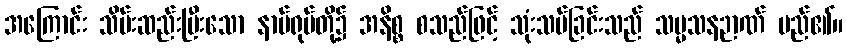
အကြောင်း သိမ်းဆည်းပြီးသော နာမ်ရုပ်တို့၌ အနိစ္စ စသည်ဖြင့် သုံးသပ်ခြင်းသည် သမ္မသနဉာဏ် မည်၏။